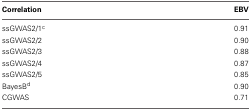
<table><thead><tr><td><b>Correlation</b></td><td><b>EBV</b></td></tr></thead><tbody><tr><td>ssGWAS2/1<sup>c</sup></td><td>0.91</td></tr><tr><td>ssGWAS2/2</td><td>0.90</td></tr><tr><td>ssGWAS2/3</td><td>0.88</td></tr><tr><td>ssGWAS2/4</td><td>0.87</td></tr><tr><td>ssGWAS2/5</td><td>0.85</td></tr><tr><td>BayesB<sup>d</sup></td><td>0.90</td></tr><tr><td>CGWAS</td><td>0.71</td></tr></tbody></table>